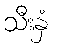
သီးနှံ